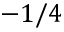
- 1 / 4